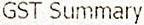
GST SUMMARY